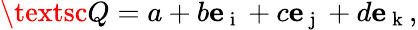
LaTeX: {\textsc{Q}}=a+b{\mathbf e}_{\mathrm{~i~}}+c{\mathbf e}_{\mathrm{~j~}}+d{\mathbf e}_{\mathrm{~k~}},